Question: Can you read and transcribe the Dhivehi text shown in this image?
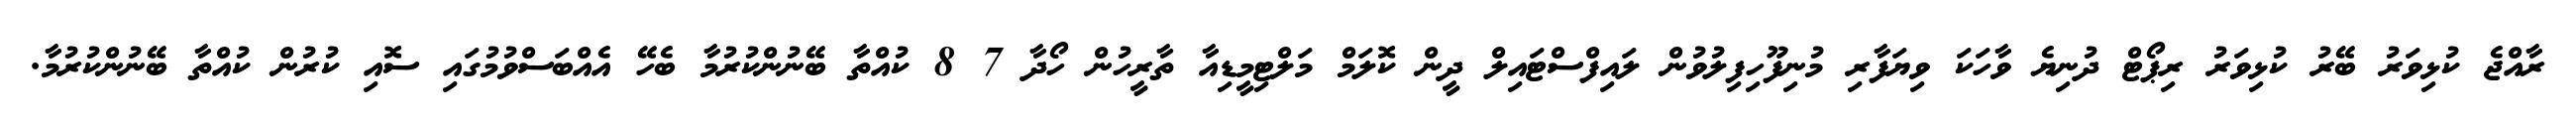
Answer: ރާއްޖެ ކުޅިވަރު ބޭރު ކުޅިވަރު ރިޕޯޓް ދުނިޔެ ވާހަކަ ވިޔަފާރި މުނިފޫހިފިލުވުން ލައިފްސްޓައިލް ދީން ކޮލަމް މަލްޓިމީޑިއާ ތާރީހުން ހޯދާ 7 8 ކުއްތާ ބޭނުންކުރުމާ ބެހޭ އެއްބަސްވުމުގައި ސޮއި ކުރުން ކުއްތާ ބޭނުންކުރުމާ.